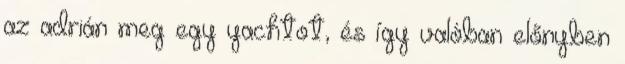
az adrián meg egy yachtot, és így valóban előnyben